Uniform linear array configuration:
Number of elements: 8
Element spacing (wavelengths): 0.75
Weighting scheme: cosine
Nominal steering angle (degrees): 0
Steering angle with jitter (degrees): -1.877
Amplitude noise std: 0.05
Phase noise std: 0.05

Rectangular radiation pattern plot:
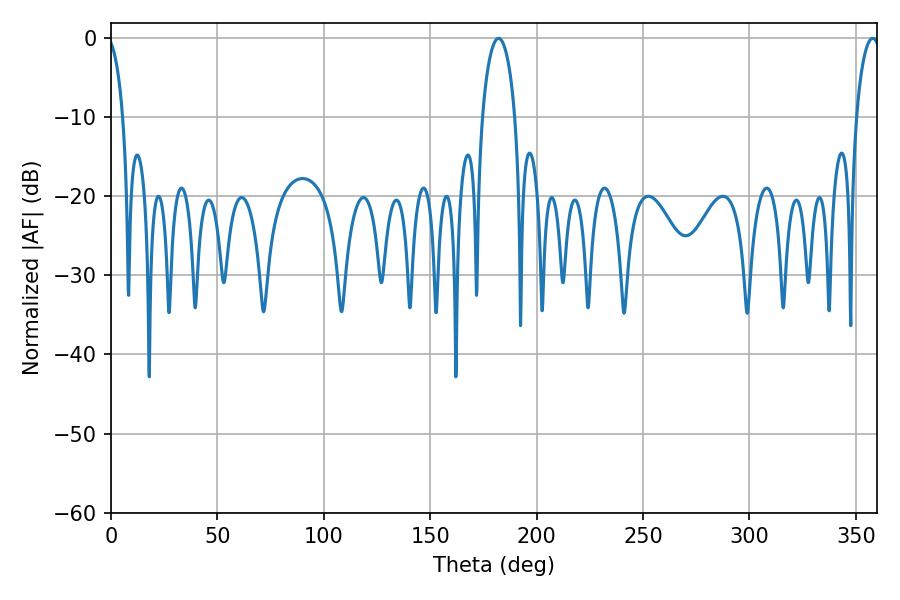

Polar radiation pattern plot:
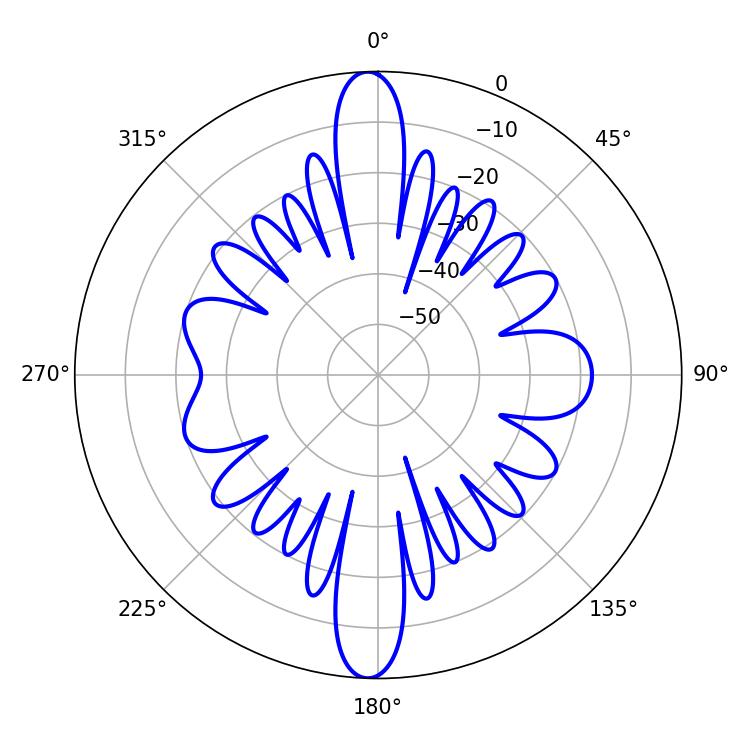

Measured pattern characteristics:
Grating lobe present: TRUE
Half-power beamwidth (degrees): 8.82
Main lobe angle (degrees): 182.16